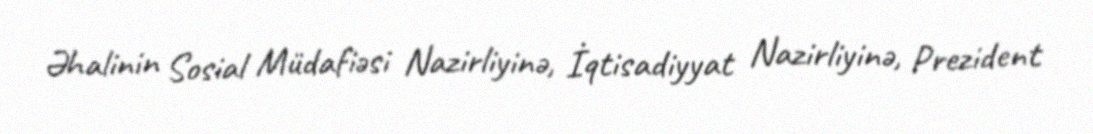
Əhalinin Sosial Müdafiəsi Nazirliyinə, İqtisadiyyat Nazirliyinə, Prezident